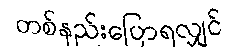
တစ်နည်းပြောရလျှင်